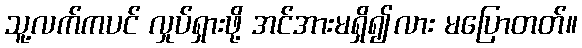
သူ့လက်ကပင် လှုပ်ရှားဖို့ အင်အားမရှိ၍လား မပြောတတ်။